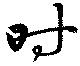
時